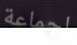
لجماعة